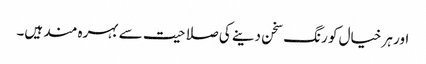
اور ہر خیال کو رنگ سخن دینے کی صلاحیت سے بہرہ مند ہیں۔